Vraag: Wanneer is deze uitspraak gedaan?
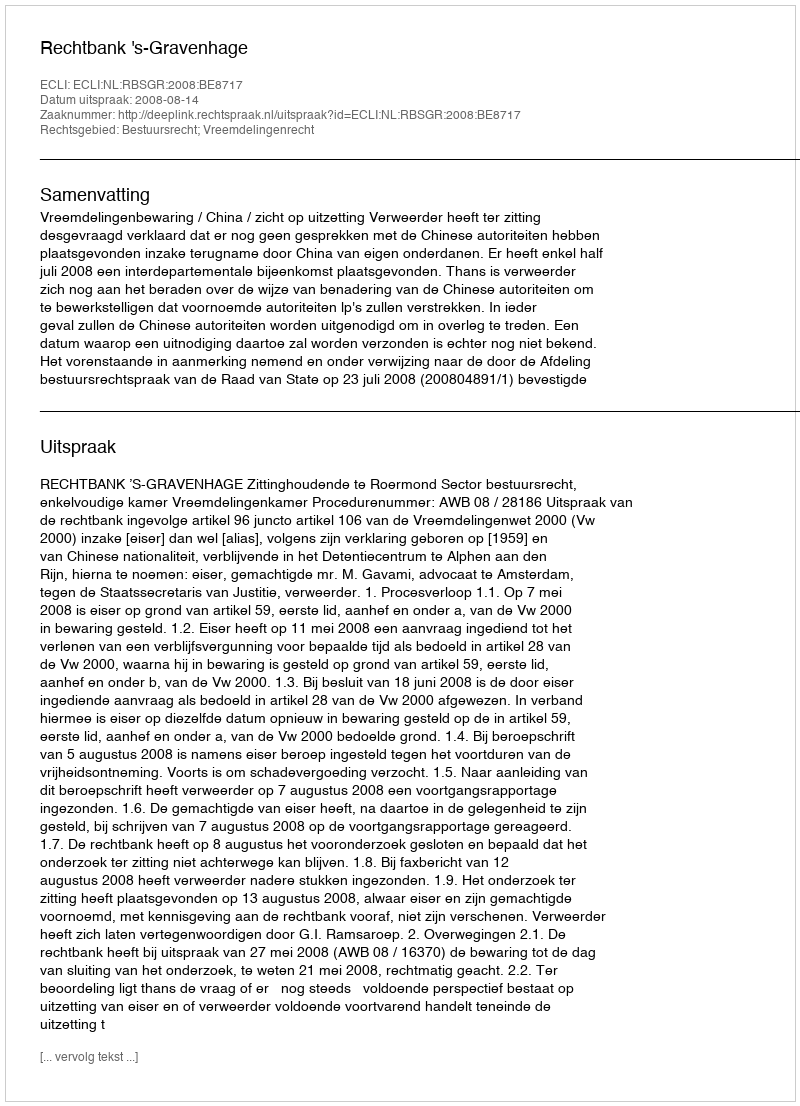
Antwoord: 2008-08-14